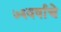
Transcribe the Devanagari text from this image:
७६वर्षाचे